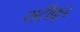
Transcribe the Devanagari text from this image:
शटीफ़ूड